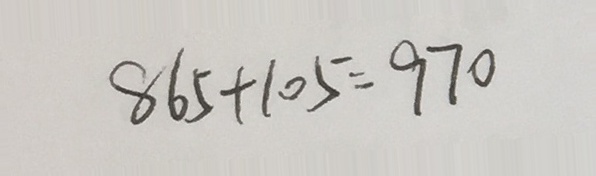
8 6 5 + 1 0 5 = 9 7 0